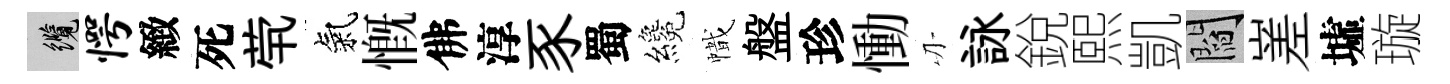
纜愕緻死茕氣慨佛淳豕蜀纔幟盤珍慟刃詠銳熙凱閻嵳墟璇